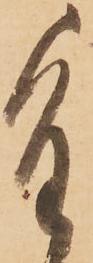
重